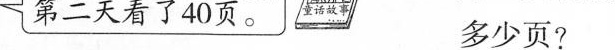
第二天看 40页。 童话故事 多少页?